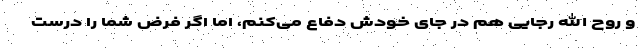
و روح الله رجایی هم در جای خودش دفاع می‌کنم، اما اگر فرض شما را درست